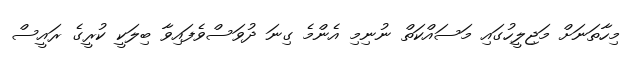
މިހާތަނަށް މަޖިލީހުގައި މަސައްކަތް ނުނިމި އެންމެ ގިނަ ދުވަސްވެފައިވާ ބިލަކީ ކުރީގެ ރައީސް